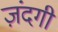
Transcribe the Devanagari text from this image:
ज़ंदगी